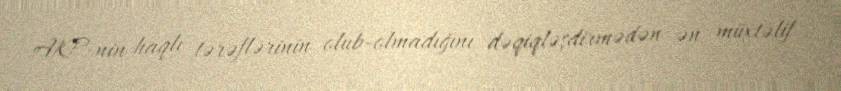
AKP-nin haqlı tərəflərinin olub-olmadığını dəqiqləşdirmədən ən müxtəlif